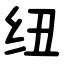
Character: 纽